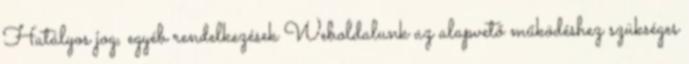
Hatályos jog, egyéb rendelkezések Weboldalunk az alapvető működéshez szükséges